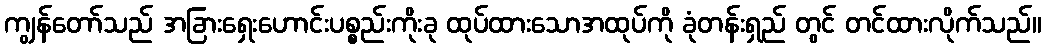
ကျွန်တော်သည် အခြားရှေးဟောင်းပစ္စည်းကိုးခု ထုပ်ထားသောအထုပ်ကို ခုံတန်းရှည် တွင် တင်ထားလိုက်သည်။